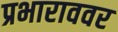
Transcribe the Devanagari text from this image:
प्रभाराववर